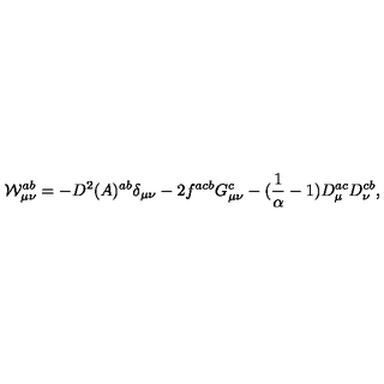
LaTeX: { \cal { W } } _ { \mu \nu } ^ { a b } = - D ^ { 2 } ( A ) ^ { a b } \delta _ { \mu \nu } - 2 f ^ { a c b } G _ { \mu \nu } ^ { c } - ( { \frac { 1 } { \alpha } } - 1 ) D _ { \mu } ^ { a c } D _ { \nu } ^ { c b } ,